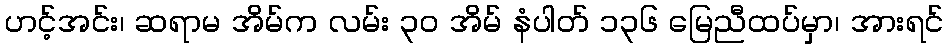
ဟင့်အင်း၊ ဆရာမ အိမ်က လမ်း ၃၀ အိမ် နံပါတ် ၁၃၆ မြေညီထပ်မှာ၊ အားရင်